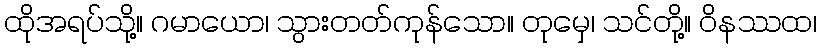
ထိုအရပ်သို့။ ဂမာယော၊ သွားတတ်ကုန်သော။ တုမှေ၊ သင်တို့။ ဝိနဿထ၊